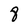
Character: 8